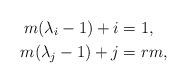
LaTeX: \begin{align*}m (\lambda_i - 1) + i &= 1,\\m (\lambda_j - 1) +j &= rm,\end{align*}